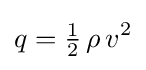
q={\tfrac {1}{2}}\,\rho \,v^{2}